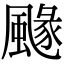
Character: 𩘐